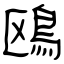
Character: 鴎